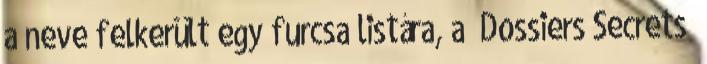
a neve felkerült egy furcsa listára, a „Dossiers Secrets”